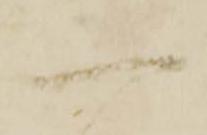
一